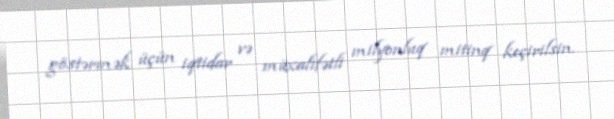
göstərmək üçün iqtidar və müxalifətli milyonluq mitinq keçirilsin.